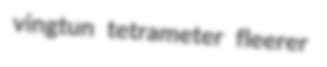
vingtun tetrameter fleerer